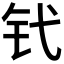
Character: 𬬩